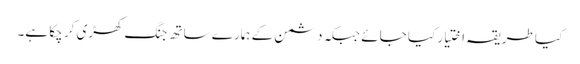
کیا طریقہ اختیار کیا جائے جبکہ دشمن کے ہمارے ساتھ جنگ کھڑی کر چکا ہے۔